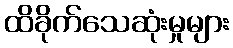
ထိခိုက်သေဆုံးမှုများ